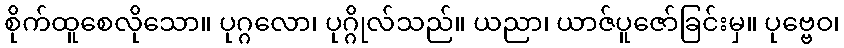
စိုက်ထူစေလိုသော။ ပုဂ္ဂလော၊ ပုဂ္ဂိုလ်သည်။ ယညာ၊ ယာဇ်ပူဇော်ခြင်းမှ။ ပုဗ္ဗေဝ၊